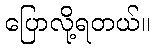
ပြောလို့ရတယ်။